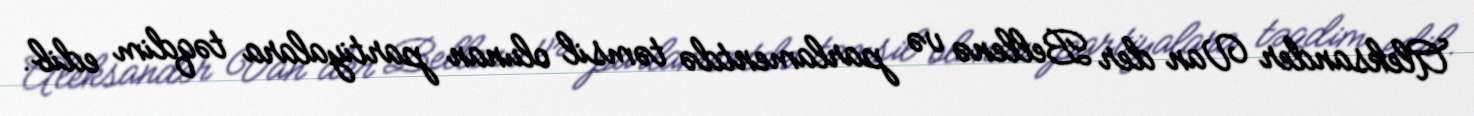
Aleksander Van der Bellenə və parlamentdə təmsil olunan partiyalara təqdim edib.